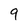
Character: 9